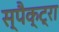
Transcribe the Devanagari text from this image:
स्पैक्ट्रा